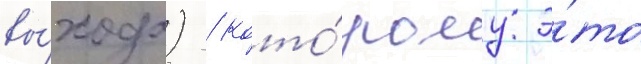
вы́хода) / кото́рому э́то